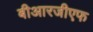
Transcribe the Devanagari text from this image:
बीआरजीएफ